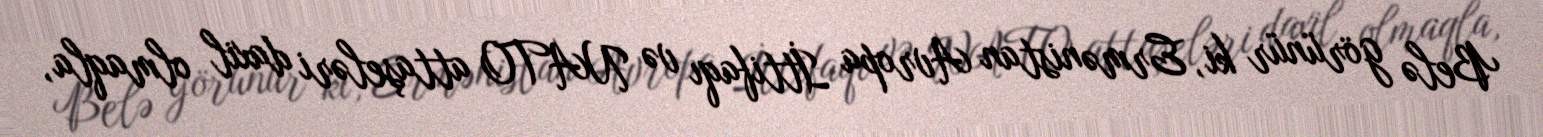
Belə görünür ki, Ermənistan Avropa İttifaqı və NATO attaşeləri daxil olmaqla,